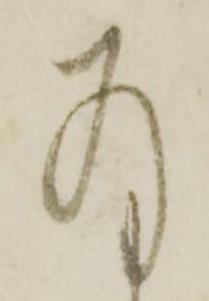
存